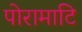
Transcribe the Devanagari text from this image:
पोरामाटि